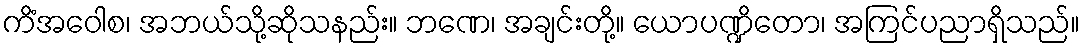
ကိံအဝေါစ၊ အဘယ်သို့ဆိုသနည်း။ ဘဏေ၊ အချင်းတို့။ ယောပဏ္ဍိတော၊ အကြင်ပညာရှိသည်။